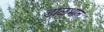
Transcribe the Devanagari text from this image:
डाळभात